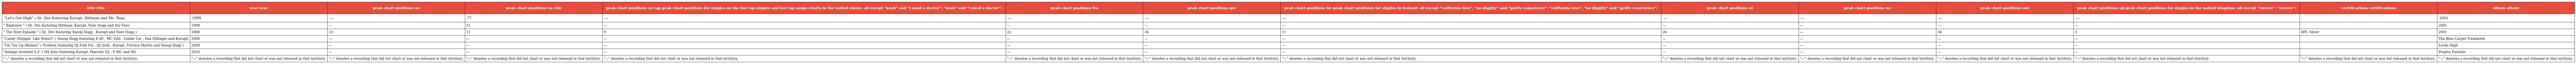
| title title | year year | peak chart positions us | peak chart positions us r&b | peak chart positions us rap peak chart positions for singles on the hot rap singles and hot rap songs charts in the united states: all except "kush" and "i need a doctor": "kush" and "i need a doctor": | peak chart positions fra | peak chart positions ger | peak chart positions ire peak chart positions for singles in ireland: all except "california love", "no diggity" and "guilty conscience": "california love", "no diggity" and "guilty conscience": | peak chart positions nl | peak chart positions nz | peak chart positions swi | peak chart positions uk peak chart positions for singles in the united kingdom: all except "encore": "encore": | certifications certifications | album album |
 | --- | --- | --- | --- | --- | --- | --- | --- | --- | --- | --- | --- | --- | --- |
 | "Let's Get High" ( Dr. Dre featuring Kurupt, Hittman and Ms. Roq) | 1999 | — | 77 | — | — | — | — | — | — | — | — |  | 2001 |
 | " Xxplosive " ( Dr. Dre featuring Hittman, Kurupt, Nate Dogg and Six-Two) | 1999 | — | 51 | — | — | — | — | — | — | — | — |  | 2001 |
 | " The Next Episode " ( Dr. Dre featuring Snoop Dogg , Kurupt and Nate Dogg ) | 2000 | 23 | 11 | 9 | 22 | 34 | 11 | 26 | — | 34 | 3 | BPI: Silver | 2001 |
 | "Candy (Drippin' Like Water)" ( Snoop Dogg featuring E-40 , MC Eiht , Goldie Loc , Daz Dillinger and Kurupt) | 2006 | — | — | — | — | — | — | — | — | — | — |  | Tha Blue Carpet Treatment |
 | "I'm Toe Up (Remix)" ( Problem featuring DJ Felli Fel , DJ Quik , Kurupt, Terrace Martin and Snoop Dogg ) | 2008 | — | — | — | — | — | — | — | — | — | — |  | Locke High |
 | "Inimigo Invisível 0.2" ( NX Zero featuring Kurupt, Marcelo D2 , P.MC and Mi) | 2010 | — | — | — | — | — | — | — | — | — | — |  | Projeto Paralelo |
 | "—" denotes a recording that did not chart or was not released in that territory. | "—" denotes a recording that did not chart or was not released in that territory. | "—" denotes a recording that did not chart or was not released in that territory. | "—" denotes a recording that did not chart or was not released in that territory. | "—" denotes a recording that did not chart or was not released in that territory. | "—" denotes a recording that did not chart or was not released in that territory. | "—" denotes a recording that did not chart or was not released in that territory. | "—" denotes a recording that did not chart or was not released in that territory. | "—" denotes a recording that did not chart or was not released in that territory. | "—" denotes a recording that did not chart or was not released in that territory. | "—" denotes a recording that did not chart or was not released in that territory. | "—" denotes a recording that did not chart or was not released in that territory. | "—" denotes a recording that did not chart or was not released in that territory. | "—" denotes a recording that did not chart or was not released in that territory. |